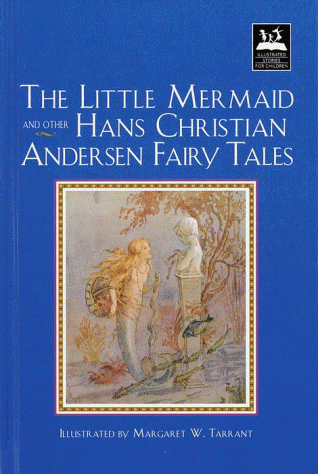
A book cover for Little Mermaid and Other Hans Christian Andersen Fairy Tales (Illustrated Stories for Children); Hans Christian Andersen; Children's Books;